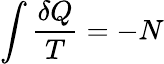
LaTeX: \int{\frac{\delta Q}{T}}=-N